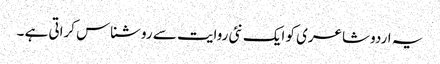
یہ اردو شاعری کو ایک نئی روایت سے روشناس کراتی ہے ۔